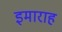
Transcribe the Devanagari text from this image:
इमाराह